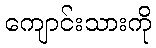
ကျောင်းသားကို